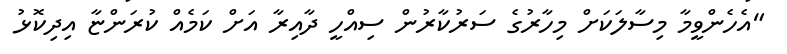
"އެހެންވީމާ މިސާލަކަށް މިހާރުގެ ސަރުކާރުން ސިއްހީ ދާއިރާ އަށް ކަމެއް ކުރަންޏާ އިދިކޮޅު